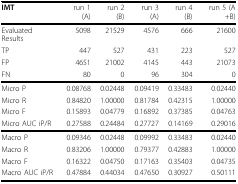
<table><thead><tr><td><b>IMT</b></td><td><b>run 1 (A)</b></td><td><b>run 2 (B)</b></td><td><b>run 3 (A)</b></td><td><b>run 4 (B)</b></td><td><b>run 5 (A+B)</b></td></tr></thead><tbody><tr><td>Evaluated Results</td><td>5098</td><td>21529</td><td>4576</td><td>666</td><td>21600</td></tr><tr><td>TP</td><td>447</td><td>527</td><td>431</td><td>223</td><td>527</td></tr><tr><td>FP</td><td>4651</td><td>21002</td><td>4145</td><td>443</td><td>21073</td></tr><tr><td>FN</td><td>80</td><td>0</td><td>96</td><td>304</td><td>0</td></tr><tr><td>Micro P</td><td>0.08768</td><td>0.02448</td><td>0.09419</td><td>0.33483</td><td>0.02440</td></tr><tr><td>Micro R</td><td>0.84820</td><td>1.00000</td><td>0.81784</td><td>0.42315</td><td>1.00000</td></tr><tr><td>Micro F</td><td>0.15893</td><td>0.04779</td><td>0.16892</td><td>0.37385</td><td>0.04763</td></tr><tr><td>Micro AUC iP/R</td><td>0.27588</td><td>0.24484</td><td>0.27727</td><td>0.14169</td><td>0.29016</td></tr><tr><td>Macro P</td><td>0.09346</td><td>0.02448</td><td>0.09992</td><td>0.33483</td><td>0.02440</td></tr><tr><td>Macro R</td><td>0.83206</td><td>1.00000</td><td>0.79377</td><td>0.42883</td><td>1.00000</td></tr><tr><td>Macro F</td><td>0.16322</td><td>0.04750</td><td>0.17163</td><td>0.35403</td><td>0.04735</td></tr><tr><td>Macro AUC iP/R</td><td>0.47884</td><td>0.44034</td><td>0.47650</td><td>0.30927</td><td>0.50111</td></tr></tbody></table>